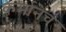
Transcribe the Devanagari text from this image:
कर्मानेच